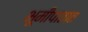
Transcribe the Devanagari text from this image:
भूमीपातात